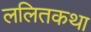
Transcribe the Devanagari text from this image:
ललितकथा